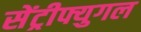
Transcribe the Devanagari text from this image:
सेंट्रीफ्युगल